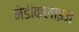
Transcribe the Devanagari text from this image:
मेडीकलाइज